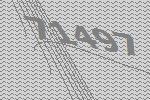
71497